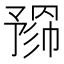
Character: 𢄮